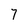
Character: 7